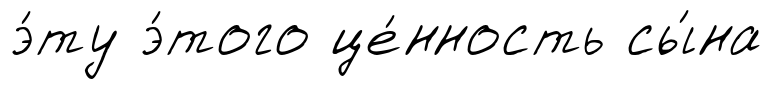
э́ту э́того це́нность сы́на